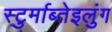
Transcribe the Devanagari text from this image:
स्टुर्माब्तेइलुंग